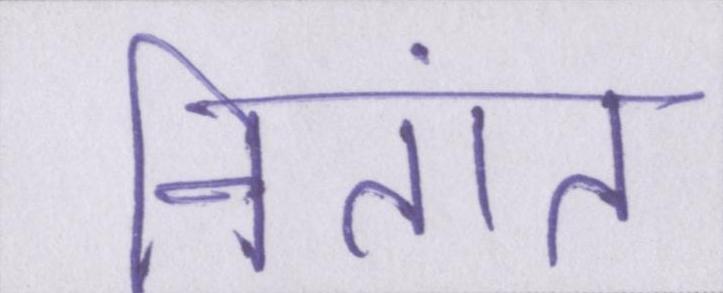
नितांत